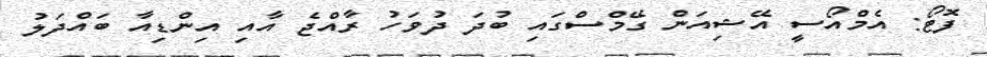
ފޮޓޯ: އެމްއޯސީ އޭޝިއަން ގޭމްސްގައި ބުދަ ދުވަހު ރާއްޖެ އާއި އިންޑިއާ ބައްދަލު